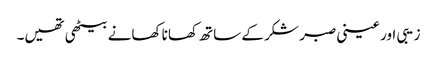
زیبی اور عینی صبر شکر کے ساتھ کھانا کھانے بیٹھی تھیں۔